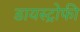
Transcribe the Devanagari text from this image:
डायस्ट्रोफी